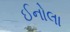
ઈનોલા